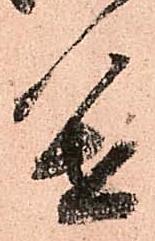
進